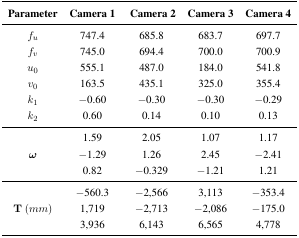
| Parameter | Camera 1 | Camera 2 | <COLSPAN=2> Camera 3 Camera 4 |
 | --- | --- | --- | --- | --- |
 | fu | 747.4 | 685.8 | 683.7 | 697.7 |
 | fv | 745.0 | 694.4 | 700.0 | 700.9 |
 | u0 | 555.1 | 487.0 | 184.0 | 541.8 |
 | v0 | 163.5 | 435.1 | 325.0 | 355.4 |
 | k1 | −0.60 | −0.30 | −0.30 | −0.29 |
 | k2 | 0.60 | 0.14 | 0.10 | 0.13 |
 | <ROWSPAN=3> ω | 1.59 | 2.05 | 1.07 | 1.17 |
 | −1.29 | 1.26 | 2.45 | − 2.41 |
 | 0.82 | −0.329 | −1.21 | 1.21 |
 | <ROWSPAN=3> T (mm) | −560.3 | −2,566 | 3,113 | −353.4 |
 | 1,719 | −2,713 | −2,086 | −175.0 |
 | 3,936 | 6,143 | 6,565 | 4,778 |